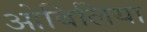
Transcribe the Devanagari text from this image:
ओबिलिया